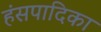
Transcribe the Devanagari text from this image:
हंसपादिका